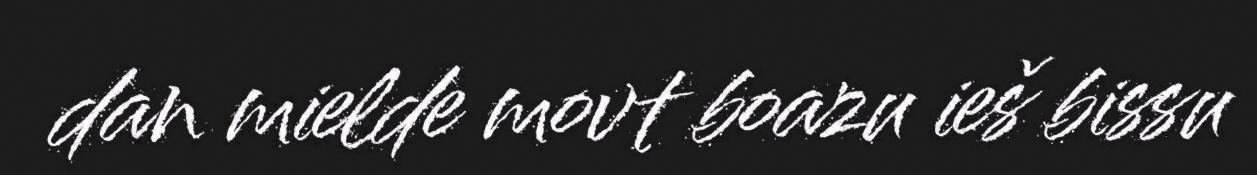
dan mielde movt boazu ieš bissu